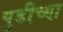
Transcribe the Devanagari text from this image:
पुडीच्या